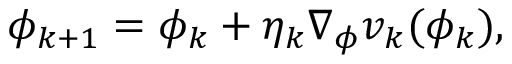
\phi _ { k + 1 } = \phi _ { k } + \eta _ { k } \nabla _ { \phi } v _ { k } ( \phi _ { k } ) ,